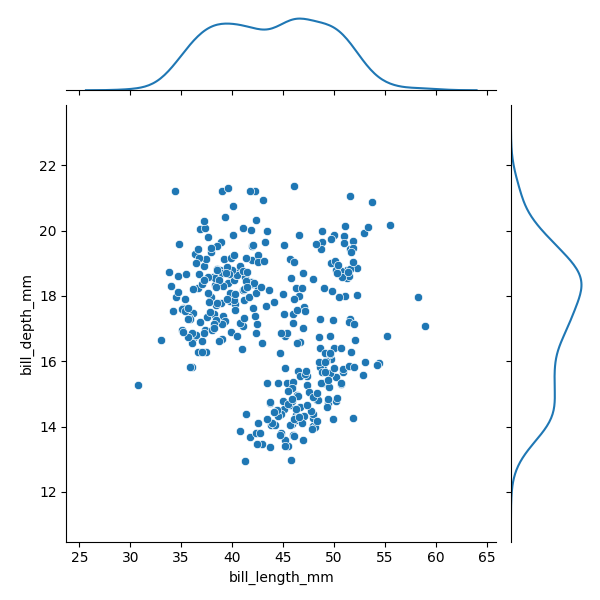
python, seaborn, JointGrid, scatterplot, kdeplot